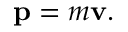
\mathbf { p } = m \mathbf { v } .